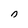
Character: n